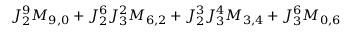
J _ { 2 } ^ { 9 } M _ { 9 , 0 } + J _ { 2 } ^ { 6 } J _ { 3 } ^ { 2 } M _ { 6 , 2 } + J _ { 2 } ^ { 3 } J _ { 3 } ^ { 4 } M _ { 3 , 4 } + J _ { 3 } ^ { 6 } M _ { 0 , 6 }